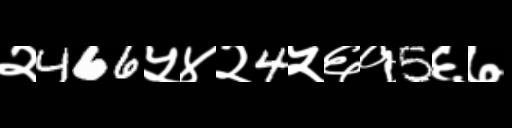
Text: २466५४२4५६१5६७